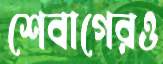
শেবাগেরও